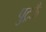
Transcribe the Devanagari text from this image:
पुट्रऊँ